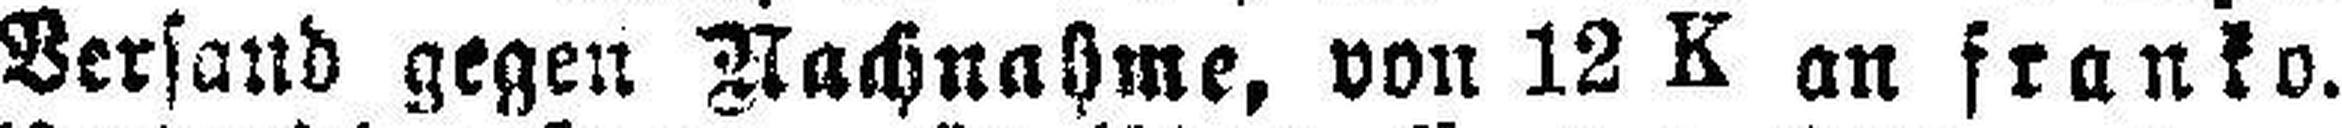
Versand gegen Nachnahme, von 12 K an franko.